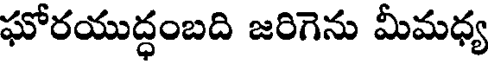
ఘోరయుద్ధంబది జరిగెను మీమధ్య